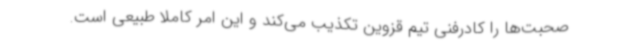
صحبت‌ها را کادرفنی تیم قزوین تکذیب می‌کند و این امر کاملاً طبیعی است.